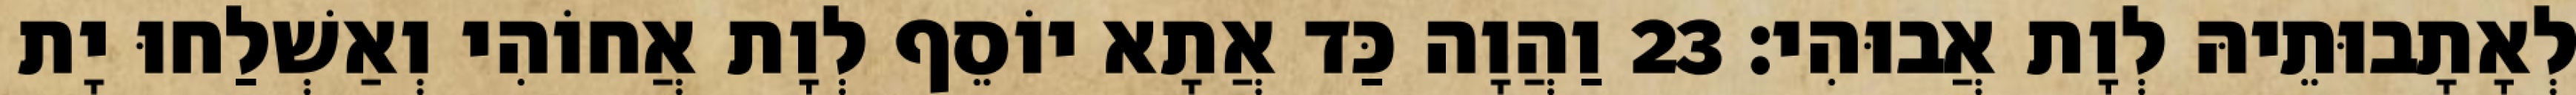
לְאָתָבוּתֵיהּ לְוָת אֲבוּהִי׃ 23 וַהֲוָה כַּד אֲתָא יוֹסֵף לְוָת אֲחוֹהִי וְאַשְׁלַחוּ יָת